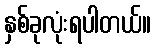
နှစ်ခုလုံးရပါတယ်။